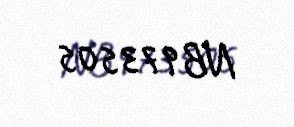
NB973505